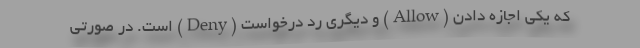
که یکی اجازه دادن (Allow) و دیگری رد درخواست (Deny) است. در صورتی